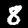
Label: 8